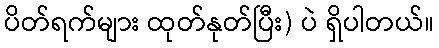
ပိတ်ရက်များ ထုတ်နုတ်ပြီး) ပဲ ရှိပါတယ်။